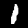
Digit: 1